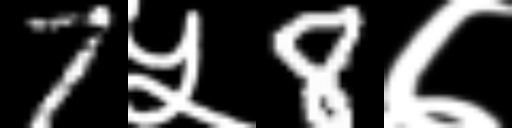
Text: 7५8७